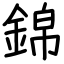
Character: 錦